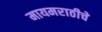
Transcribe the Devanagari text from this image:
मायमराठीचे